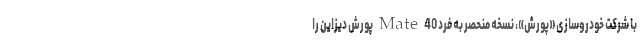
با شرکت خودروسازی «پورش»، نسخه منحصر به فرد Mate 40 پورش دیزاین را